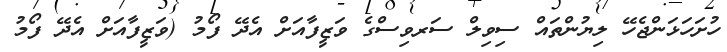
ހުށަހަޅަންޖެހޭ ލިޔުންތައް ސިވިލް ސަރވިސްގެ ވަޒީފާއަށް އެދޭ ފޯމު (ވަޒީފާއަށް އެދޭ ފޯމު